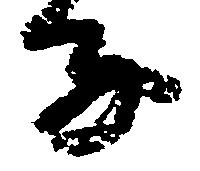
子